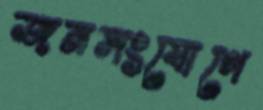
জনসংযোগে